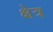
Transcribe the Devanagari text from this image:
क्षेत्र